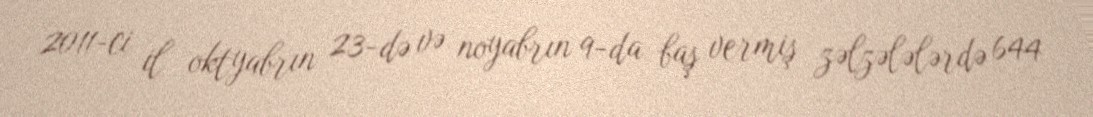
2011-ci il oktyabrın 23-də və noyabrın 9-da baş vermiş zəlzələlərdə 644